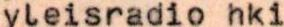
yleisradio hki